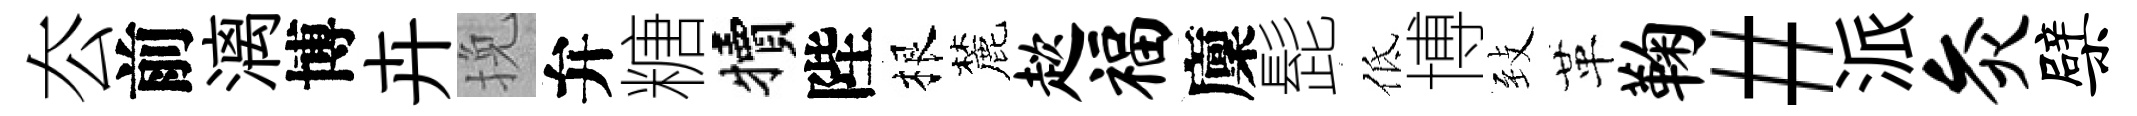
厺前漓博卉挽弁糖犢陛根麓趑福廩髭低博𦤺革鞠#派灸檗